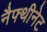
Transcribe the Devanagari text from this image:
नैफ्थीनेट